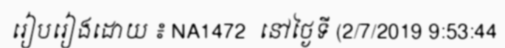
រៀបរៀងដោយ ៖ NA1472  នៅថ្ងៃទី (2/7/2019 9:53:44